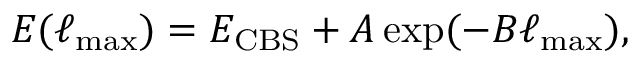
E ( \ell _ { \mathrm { m a x } } ) = E _ { \mathrm { C B S } } + A \exp ( - B \ell _ { \mathrm { m a x } } ) ,